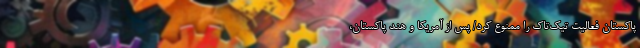
پاکستان فعالیت تیک‌تاک را ممنوع کرد/ پس از آمریکا و هند پاکستان،